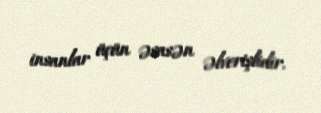
insanlar üçün əsasən əlverişlidir.